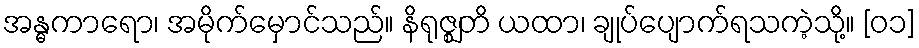
အန္ဓကာရော၊ အမိုက်မှောင်သည်။ နိရုဇ္ဈတိ ယထာ၊ ချုပ်ပျောက်ရသကဲ့သို့။ [၀၁]